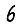
Digit: 6